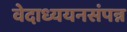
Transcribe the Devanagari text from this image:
वेदाध्ययनसंपन्न